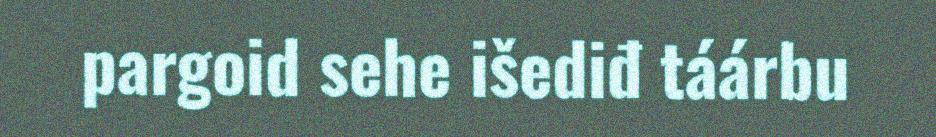
pargoid sehe išediđ táárbu